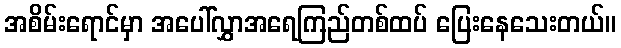
အစိမ်းရောင်မှာ အပေါ်လွှာအရေကြည်တစ်ထပ် ပြေးနေသေးတယ်။